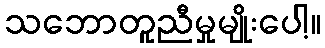
သဘောတူညီမှုမျိုးပေါ့။